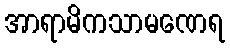
အာရာမိကသာမဏေရ